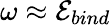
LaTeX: \omega\approx\mathcal{E}_{bind}